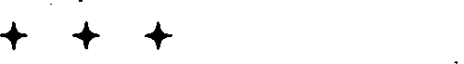
+ + +